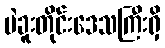
ပဲခူးတိုင်းဒေသကြီးရှိ